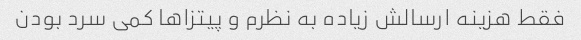
فقط هزینه ارسالش زیاده به نظرم و پیتزاها کمی سرد بودن